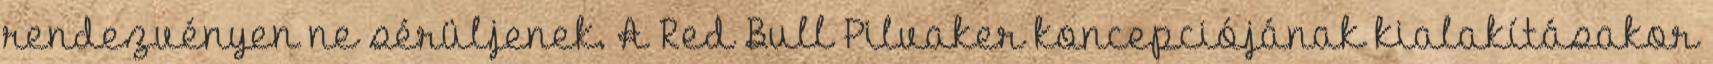
rendezvényen ne sérüljenek. A Red Bull Pilvaker koncepciójának kialakításakor